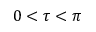
0 < \tau < \pi